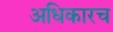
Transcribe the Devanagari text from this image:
अधिकारच